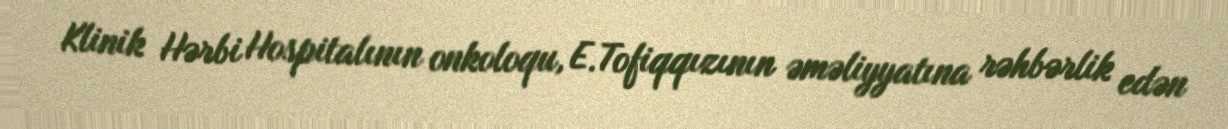
Klinik Hərbi Hospitalının onkoloqu, E.Tofiqqızının əməliyyatına rəhbərlik edən